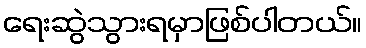
ရေးဆွဲသွားရမှာဖြစ်ပါတယ်။